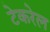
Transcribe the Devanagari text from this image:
टेकरेल